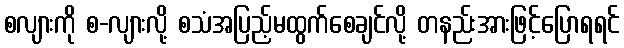
စလျားကို စ-လျားလို့ စသံအပြည့်မထွက်စေချင်လို့ တနည်းအားဖြင့်ပြောရရင်